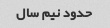
حدود نیم سال